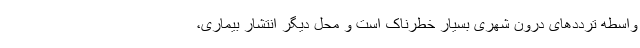
واسطه ترددهای درون شهری بسیار خطرناک است و محل دیگر انتشار بیماری،